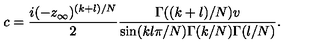
c = { \frac { i ( - z _ { \infty } ) ^ { ( k + l ) / N } } { 2 } } { \frac { \Gamma ( ( k + l ) / N ) v } { \sin ( k l \pi / N ) \Gamma ( k / N ) \Gamma ( l / N ) } } .